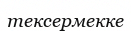
тексермекке